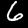
Label: 6